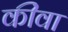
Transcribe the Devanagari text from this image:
कींवा